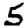
Digit: 5